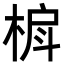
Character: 𬃐